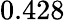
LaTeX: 0.428